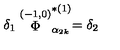
\delta _ { 1 } \stackrel { ( - 1 , 0 ) } { \Phi } _ { \alpha _ { 2 k } } ^ { * ( 1 ) } = \delta _ { 2 }